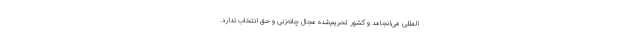
المللی می‌انجامد و کشور تحریم‌شده مجال چانه‌زنی و حق انتخاب ندارد.